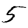
Digit: 5